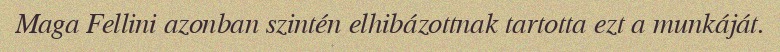
Maga Fellini azonban szintén elhibázottnak tartotta ezt a munkáját.